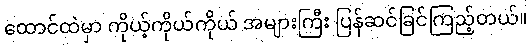
ထောင်ထဲမှာ ကိုယ့်ကိုယ်ကိုယ် အများကြီး ပြန်ဆင်ခြင်ကြည့်တယ်။